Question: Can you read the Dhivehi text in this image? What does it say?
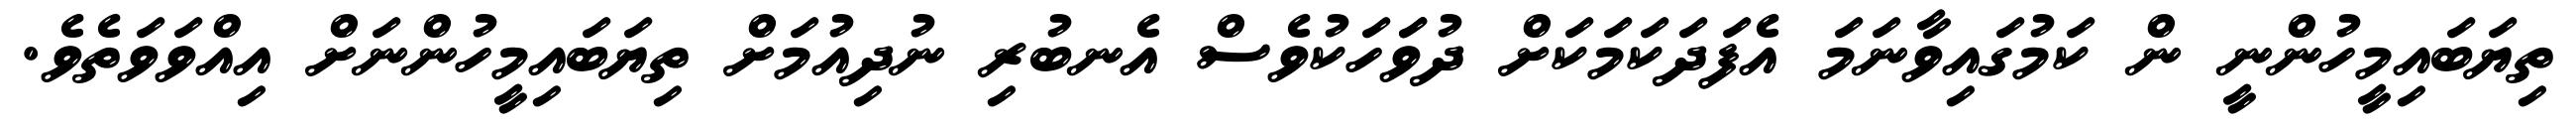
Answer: ތިޔަބައިމީހުންނީ ން ކަމުގައިވާނަމަ އެފަދަކަމަކަށް ދުވަަހަކުވެސް އެނބުރި ނުދިއުމަށް ތިޔަބައިމީހުންނަށް އިއްވަވަތެވެ.